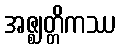
အဇ္ဈတ္တိကဿ